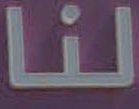
لنا